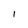
Character: 1